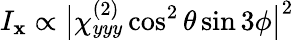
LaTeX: I_{\mathbf{x}}\propto\big|\chi_{yyy}^{(2)}\cos^{2}\theta\sin3\phi\big|^{2}